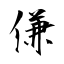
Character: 傔